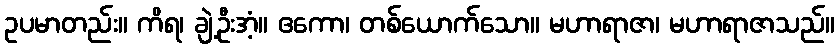
ဥပမာတည်း။ ကိရ၊ ချဲ့ဦးအံ့။ ဧကော၊ တစ်ယောက်သော။ မဟာရာဇာ၊ မဟာရာဇာသည်။